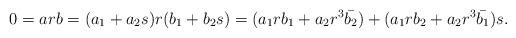
LaTeX: \begin{align*}0=arb=(a_1+a_2s)r(b_1+b_2s)=(a_1rb_1+a_2r^3\bar{b_2})+(a_1rb_2+a_2r^3\bar{b_1})s.\end{align*}